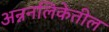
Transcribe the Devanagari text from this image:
अन्ननलिकेतील